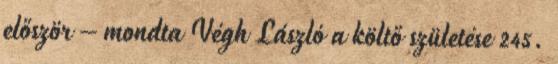
először – mondta Végh László a költő születése 245.